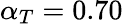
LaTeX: \alpha_{T}=0.70